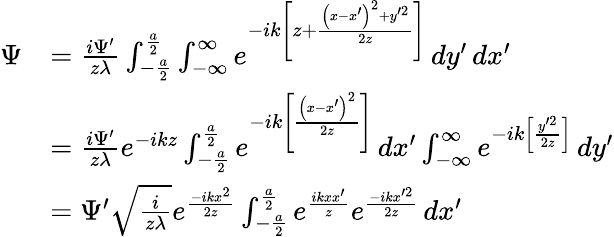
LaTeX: {\begin{array}{rl}{\Psi}&{={\frac{i\Psi^{\prime}}{z\lambda}}\int_{-{\frac{a}{2}}}^{\frac{a}{2}}\int_{-\infty}^{\infty}e^{-ik\left[z+{\frac{\left(x-x^{\prime}\right)^{2}+y^{\prime 2}}{2z}}\right]}\, dy^{\prime}\, dx^{\prime}}\\ &{={\frac{i\Psi^{\prime}}{z\lambda}}e^{-ikz}\int_{-{\frac{a}{2}}}^{\frac{a}{2}}e^{-ik\left[{\frac{\left(x-x^{\prime}\right)^{2}}{2z}}\right]}\, dx^{\prime}\int_{-\infty}^{\infty}e^{-ik\left[{\frac{y^{\prime 2}}{2z}}\right]}\, dy^{\prime}}\\ &{=\Psi^{\prime}{\sqrt{\frac{i}{z\lambda}}}e^{\frac{-ikx^{2}}{2z}}\int_{-{\frac{a}{2}}}^{\frac{a}{2}}e^{\frac{ikxx^{\prime}}{z}}e^{\frac{-ikx^{\prime 2}}{2z}}\, dx^{\prime}}\end{array}}